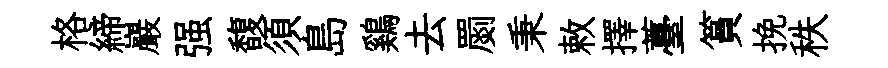
格締巖强馥須島鷄去罽秉敕擇薹篔挽秩